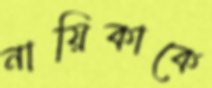
নায়িকাকে